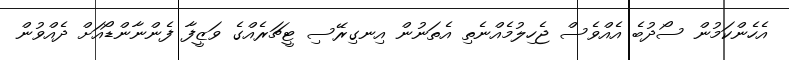
އެހެންކަމުން ސޯދުބެ އެއްވެސް ޖެހިލުމެއްނެތި އެތަނުން އިނގިރޭސި ޓީޗަރެއްގެ ވަޒީފާ ފެންނާންޑޯއަށް ދެއްވުން